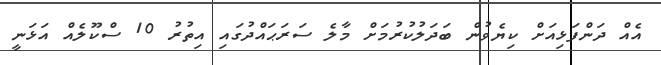
އެއް ދަންފަޅިއަށް ކިޔެވުން ބަދަލުކުރުމަށް މާލެ ސަރަޙައްދުގައި އިތުރު 10 ސްކޫލެއް އަޅަނީ